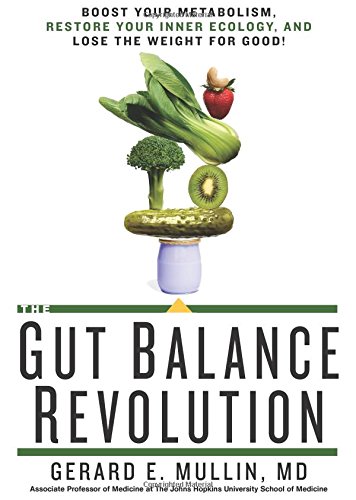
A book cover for The Gut Balance Revolution: Boost Your Metabolism, Restore Your Inner Ecology, and Lose the Weight for Good!; Gerard E. Mullin; Health, Fitness & Dieting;